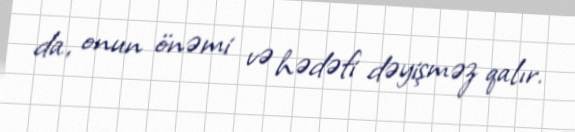
da, onun önəmi və hədəfi dəyişməz qalır.